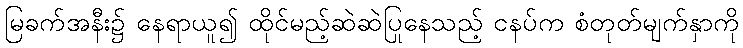
မြခက်အနီး၌ နေရာယူ၍ ထိုင်မည့်ဆဲဆဲပြုနေသည့် ငနပ်က စံတုတ်မျက်နှာကို